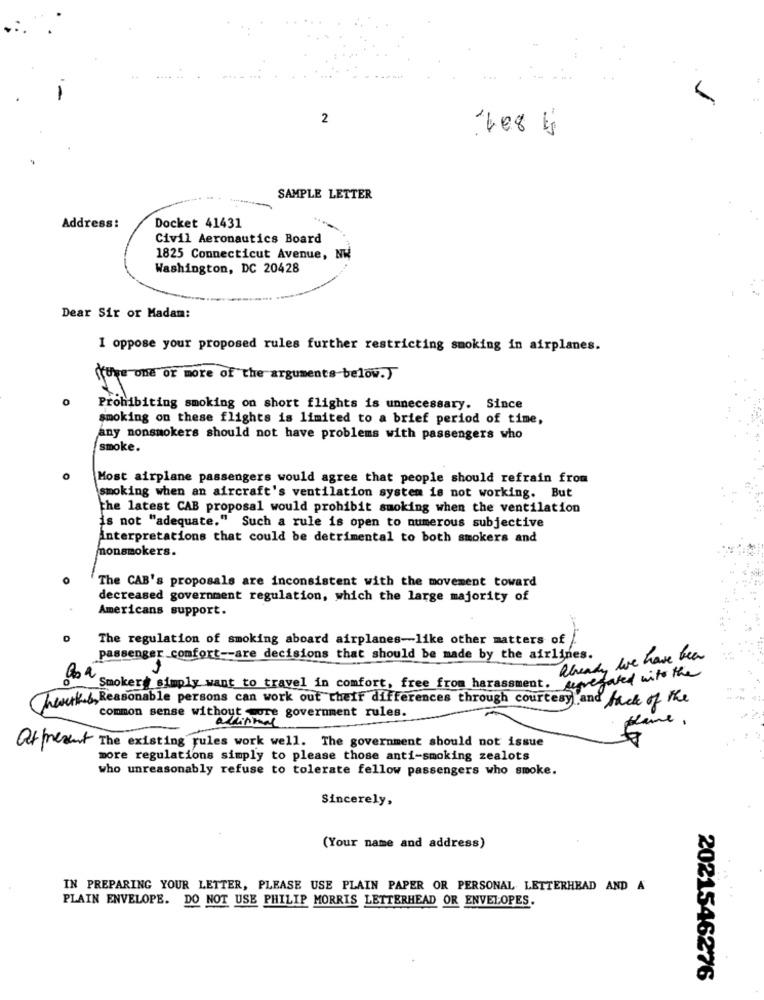
2
SAMPLE LETTER
Address:
Docket 41431
Civil Aeronautics Board
1825 Connecticut Avenue, NW
Washington, DC 20428
Dear Sir or Madam:
I oppose your proposed rules further restricting smoking in airplanes.
fome one or more of the arguments below.]
0
Prohibiting smoking on short flights is unnecessary. Since
smoking on these flights is limited to a brief period of time,
any nonsmokers should not have problems with passengers who
smoke.
Most airplane passengers would agree that people should refrain from
smoking when an aircraft's ventilation system is not working. But
the latest CAB proposal would prohibit smoking when the ventilation
is not "adequate." Such a rule is open to numerous subjective
interpretations that could be detrimental to both smokers and
monsmokers.
The CAB's proposals are inconsistent with the movement toward
decreased government regulation, which the large majority of
Americans support.
The regulation of smoking aboard airplanes-like other matters of
passenger comfort -- are decisions that should be made by the airlines.
already, we have been
segregated with the
0 4 Smoker simply want to travel in comfort, free from harassment.
Theurk b, Reasonable persons can work out their differences through courtesy) and lack of the
common sense without -ore government rules.
additional
Atpresent The existing rules work well. The government should not issue
more regulations simply to please those anti-smoking zealots
who unreasonably refuse to tolerate fellow passengers who smoke.
Sincerely,
(Your name and address)
IN PREPARING YOUR LETTER, PLEASE USE PLAIN PAPER OR PERSONAL LETTERHEAD AND A
PLAIN ENVELOPE. DO NOT USE PHILIP MORRIS LETTERHEAD OR ENVELOPES.
2021546276